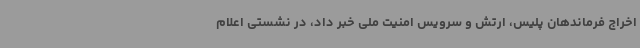
اخراج فرماندهان پلیس، ارتش و سرویس امنیت ملی خبر داد، در نشستی اعلام